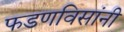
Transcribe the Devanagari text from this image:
फडणविसांनी